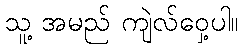
သူ့ အမည် ကျဲလ်ဝှေ့ပါ။